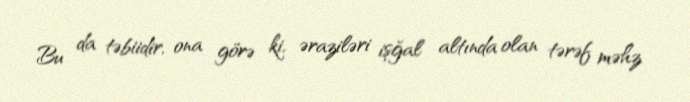
Bu da təbiidir, ona görə ki, əraziləri işğal altında olan tərəf məhz